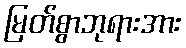
မြတ်စွာဘုရားအား